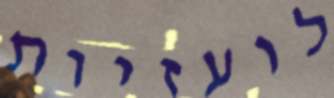
לועזיות